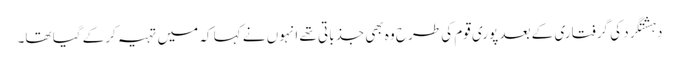
دہشتگرد کی گرفتاری کے بعد پوری قوم کی طرح وہ بھی جذباتی تھے انہوں نے کہا کہ میں تہیہ کرکے گیا تھا۔